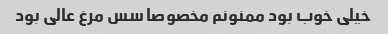
خیلی خوب بود ممنونم مخصوصا سس مرغ عالی بود